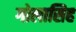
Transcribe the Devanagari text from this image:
गोलासिह